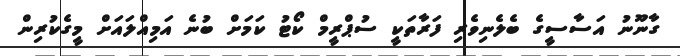
ގާނޫނު އަސާސީގެ ބެލެނިވެރި ފަރާތަކީ ސުޕްރީމް ކޯޓު ކަމަށް ބުނެ އަމިއްލައަށް މީގެކުރިން